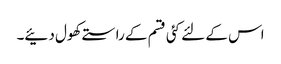
اس کے لئے کئی قسم کے راستے کھول دئیے۔